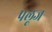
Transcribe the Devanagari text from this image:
पलूज